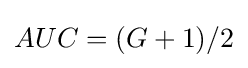
AUC=(G+1)/2